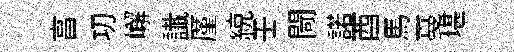
亯㓛嶰䜟厪綂壬閜諾酉馬戞堪